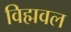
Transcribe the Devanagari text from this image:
विह्मवल